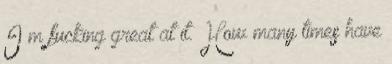
I’m fucking great at it. How many times have